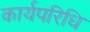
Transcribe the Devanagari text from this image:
कार्यपरिधि